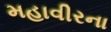
મહાવીરના